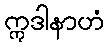
ဣဒါနာဟံ